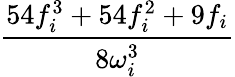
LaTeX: \frac{54f_{i}^{3}+54f_{i}^{2}+9f_{i}}{8\omega_{i}^{3}}